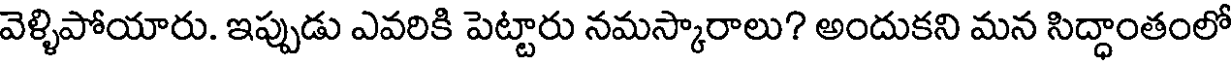
వెళ్ళిపోయారు. ఇప్పుడు ఎవరికి పెట్టారు నమస్కారాలు? అందుకని మన సిద్ధాంతంలో